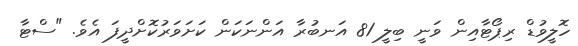
ހޮލީވުޑް ރިޕޯޓާއިން ވަނީ ބިލީ 81 އަނބުރާ އަންނަކަން ކަށަވަރުކޮށްދީފަ އެވެ. "ސްޓާ